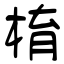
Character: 棛